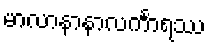
မာလာနာနာလင်္ကာရဿ